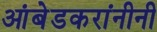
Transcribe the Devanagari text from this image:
आंबेडकरांनीनी